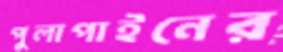
পুলাপাইনের